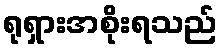
ရုရှားအစိုးရသည်